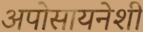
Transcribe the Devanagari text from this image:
अपोसायनेशी